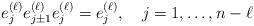
LaTeX: \begin{align*}e_j^{(\ell)}e_{j\pm 1}^{(\ell)}e_j^{(\ell)}=e_j^{(\ell)},\quad j = 1, \ldots, n-\ell\end{align*}